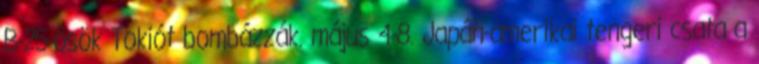
B-25-ösök Tokiót bombázzák. május 4-8. Japán-amerikai tengeri csata a